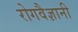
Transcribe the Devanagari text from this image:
रोगवैज्ञानी